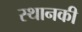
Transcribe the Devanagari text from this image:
स्‍थानकी